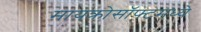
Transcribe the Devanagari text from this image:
मायक्रोसॉफ्टमध्ये